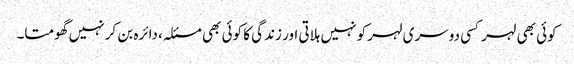
کوئی بھی لہر کسی دوسری لہر کو نہیں ہلاتی اور زندگی کا کوئی بھی مسئلہ، دائرہ بن کر نہیں گھومتا۔